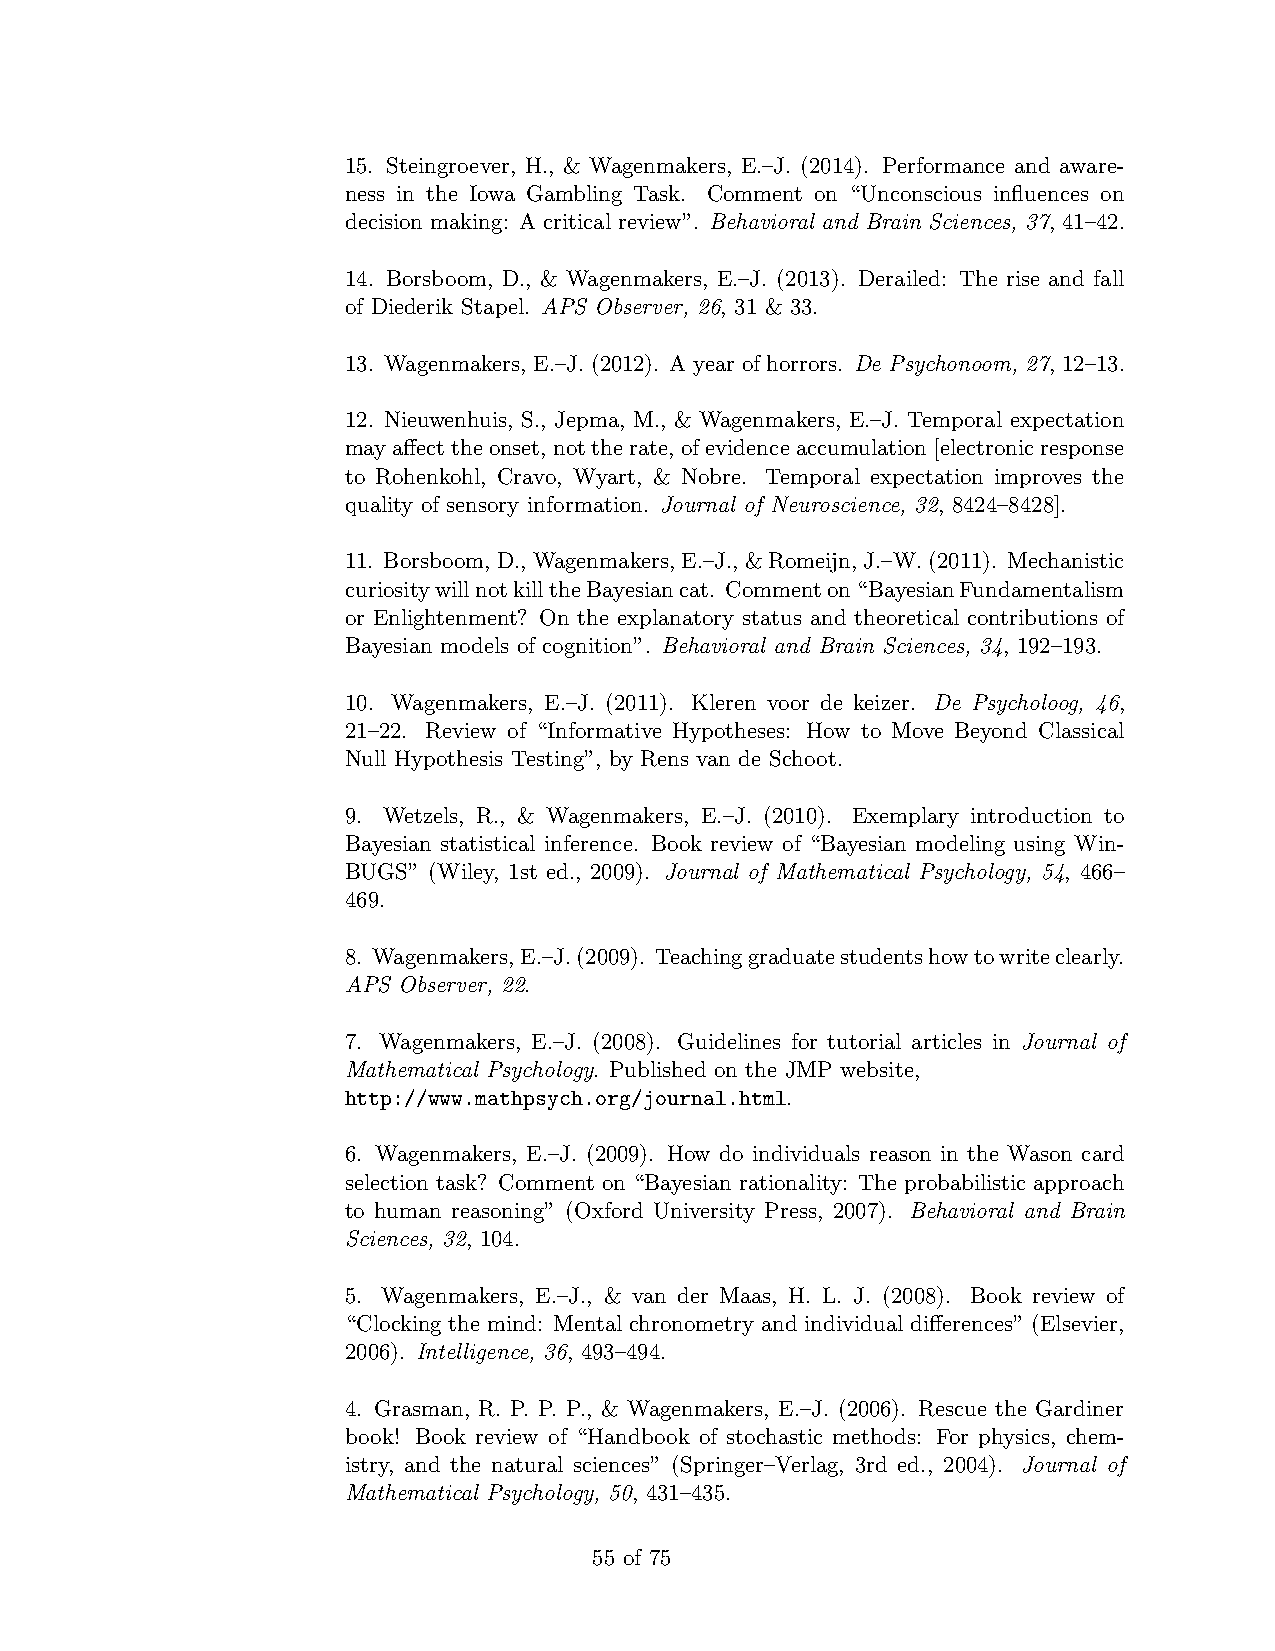
15. Steingroever, H., & Wagenmakers, E.–J. (2014). Performance and aware-
 ness in the Iowa Gambling Task. Comment on “Unconscious influences on
 decision making: A critical review”. Behavioral and Brain Sciences, 37, 41–42.
 14. Borsboom, D., & Wagenmakers, E.–J. (2013). Derailed: The rise and fall
 of Diederik Stapel. APS Observer, 26, 31 & 33.
 13. Wagenmakers, E.–J. (2012). A year of horrors. De Psychonoom, 27, 12–13.
 12. Nieuwenhuis, S., Jepma, M., & Wagenmakers, E.–J. Temporal expectation
 mayaffecttheonset,nottherate,ofevidenceaccumulation[electronicresponse
 to Rohenkohl, Cravo, Wyart, & Nobre. Temporal expectation improves the
 quality of sensory information. Journal of Neuroscience, 32, 8424–8428].
 11. Borsboom,D.,Wagenmakers,E.–J.,&Romeijn,J.–W.(2011). Mechanistic
 curiositywillnotkilltheBayesiancat. Commenton“BayesianFundamentalism
 or Enlightenment? On the explanatory status and theoretical contributions of
 Bayesian models of cognition”. Behavioral and Brain Sciences, 34, 192–193.
 10. Wagenmakers, E.–J. (2011). Kleren voor de keizer. De Psycholoog, 46,
 21–22. Review of “Informative Hypotheses: How to Move Beyond Classical
 Null Hypothesis Testing”, by Rens van de Schoot.
 9. Wetzels, R., & Wagenmakers, E.–J. (2010). Exemplary introduction to
 Bayesian statistical inference. Book review of “Bayesian modeling using Win-
 BUGS” (Wiley, 1st ed., 2009). Journal of Mathematical Psychology, 54, 466–
 469.
 8. Wagenmakers,E.–J.(2009). Teachinggraduatestudentshowtowriteclearly.
 APS Observer, 22.
 7. Wagenmakers, E.–J. (2008). Guidelines for tutorial articles in Journal of
 Mathematical Psychology. Published on the JMP website,
 http://www.mathpsych.org/journal.html.
 6. Wagenmakers, E.–J. (2009). How do individuals reason in the Wason card
 selection task? Comment on “Bayesian rationality: The probabilistic approach
 to human reasoning” (Oxford University Press, 2007). Behavioral and Brain
 Sciences, 32, 104.
 5. Wagenmakers, E.–J., & van der Maas, H. L. J. (2008). Book review of
 “Clocking the mind: Mental chronometry and individual differences” (Elsevier,
 2006). Intelligence, 36, 493–494.
 4. Grasman, R. P. P. P., & Wagenmakers, E.–J. (2006). Rescue the Gardiner
 book! Book review of “Handbook of stochastic methods: For physics, chem-
 istry, and the natural sciences” (Springer–Verlag, 3rd ed., 2004). Journal of
 Mathematical Psychology, 50, 431–435.
 55 of 75